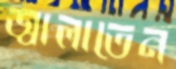
জ্বালাতেন